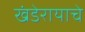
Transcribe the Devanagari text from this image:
खंडेरायाचे